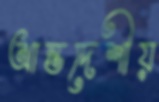
আন্তদেশীয়